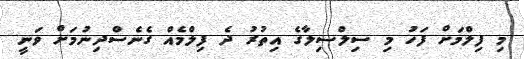
މި ފިލްމަށް ފަހު މި ސިލްސިލާގެ އިތުރު ދެ ފިލްމެއް ގެނެސްދިނުމަށް ވަނީ